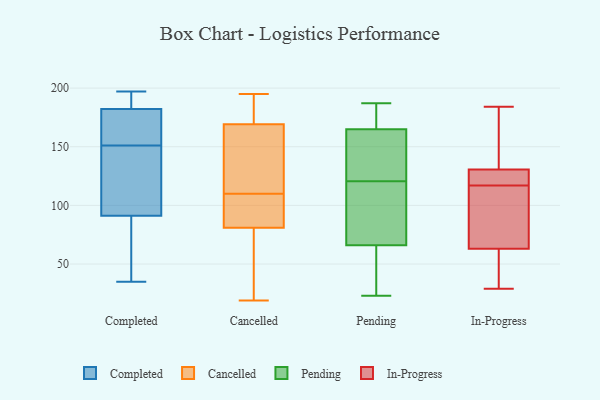
{"axis": {"x": "Gross Profit (USD K)", "y": "Value"}, "legend": ["Cancelled", "Completed", "In-Progress", "Pending"], "data": [{"x": "", "y": 121, "type": "Completed"}, {"x": "", "y": 123, "type": "Completed"}, {"x": "", "y": 89, "type": "Completed"}, {"x": "", "y": 166, "type": "Completed"}, {"x": "", "y": 151, "type": "Completed"}, {"x": "", "y": 179, "type": "Completed"}, {"x": "", "y": 196, "type": "Completed"}, {"x": "", "y": 45, "type": "Completed"}, {"x": "", "y": 141, "type": "Completed"}, {"x": "", "y": 197, "type": "Completed"}, {"x": "", "y": 44, "type": "Completed"}, {"x": "", "y": 35, "type": "Completed"}, {"x": "", "y": 92, "type": "Completed"}, {"x": "", "y": 195, "type": "Completed"}, {"x": "", "y": 179, "type": "Completed"}, {"x": "", "y": 192, "type": "Completed"}, {"x": "", "y": 175, "type": "Completed"}, {"x": "", "y": 121, "type": "Cancelled"}, {"x": "", "y": 111, "type": "Cancelled"}, {"x": "", "y": 155, "type": "Cancelled"}, {"x": "", "y": 78, "type": "Cancelled"}, {"x": "", "y": 174, "type": "Cancelled"}, {"x": "", "y": 180, "type": "Cancelled"}, {"x": "", "y": 107, "type": "Cancelled"}, {"x": "", "y": 19, "type": "Cancelled"}, {"x": "", "y": 39, "type": "Cancelled"}, {"x": "", "y": 110, "type": "Cancelled"}, {"x": "", "y": 91, "type": "Cancelled"}, {"x": "", "y": 90, "type": "Cancelled"}, {"x": "", "y": 195, "type": "Cancelled"}, {"x": "", "y": 186, "type": "Cancelled"}, {"x": "", "y": 55, "type": "Cancelled"}, {"x": "", "y": 177, "type": "Pending"}, {"x": "", "y": 104, "type": "Pending"}, {"x": "", "y": 37, "type": "Pending"}, {"x": "", "y": 187, "type": "Pending"}, {"x": "", "y": 113, "type": "Pending"}, {"x": "", "y": 66, "type": "Pending"}, {"x": "", "y": 128, "type": "Pending"}, {"x": "", "y": 181, "type": "Pending"}, {"x": "", "y": 23, "type": "Pending"}, {"x": "", "y": 162, "type": "Pending"}, {"x": "", "y": 99, "type": "Pending"}, {"x": "", "y": 144, "type": "Pending"}, {"x": "", "y": 30, "type": "Pending"}, {"x": "", "y": 69, "type": "Pending"}, {"x": "", "y": 165, "type": "Pending"}, {"x": "", "y": 25, "type": "Pending"}, {"x": "", "y": 153, "type": "Pending"}, {"x": "", "y": 177, "type": "Pending"}, {"x": "", "y": 34, "type": "In-Progress"}, {"x": "", "y": 95, "type": "In-Progress"}, {"x": "", "y": 142, "type": "In-Progress"}, {"x": "", "y": 29, "type": "In-Progress"}, {"x": "", "y": 127, "type": "In-Progress"}, {"x": "", "y": 128, "type": "In-Progress"}, {"x": "", "y": 128, "type": "In-Progress"}, {"x": "", "y": 103, "type": "In-Progress"}, {"x": "", "y": 53, "type": "In-Progress"}, {"x": "", "y": 112, "type": "In-Progress"}, {"x": "", "y": 73, "type": "In-Progress"}, {"x": "", "y": 133, "type": "In-Progress"}, {"x": "", "y": 184, "type": "In-Progress"}, {"x": "", "y": 122, "type": "In-Progress"}, {"x": "", "y": 53, "type": "In-Progress"}, {"x": "", "y": 175, "type": "In-Progress"}]}